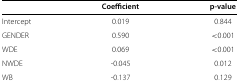
| <COLSPAN=3>  |
 |  | Coefficient | p-value |
 | --- | --- | --- |
 | Intercept | 0.019 | 0.844 |
 | GENDER | 0.590 | <0.001 |
 | WDE | 0.069 | <0.001 |
 | NWDE | -0.045 | 0.012 |
 | WB | -0.137 | 0.129 |